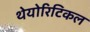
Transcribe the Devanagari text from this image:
थेयोरिटिकल